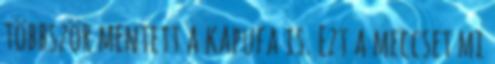
többször mentett a kapufa is. Ezt a meccset mi